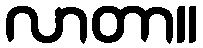
လာတာ။